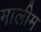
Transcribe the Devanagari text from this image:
मालीम